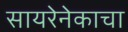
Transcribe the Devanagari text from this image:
सायरेनेकाचा